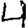
Digit: 4